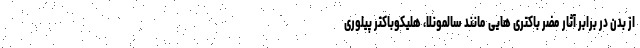
از بدن در برابر آثار مضر باکتری هایی مانند سالمونلا، هلیکوباکتر پیلوری